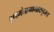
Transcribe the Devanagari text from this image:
हणमंतामामाकडूनच